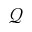
\mathcal { Q }